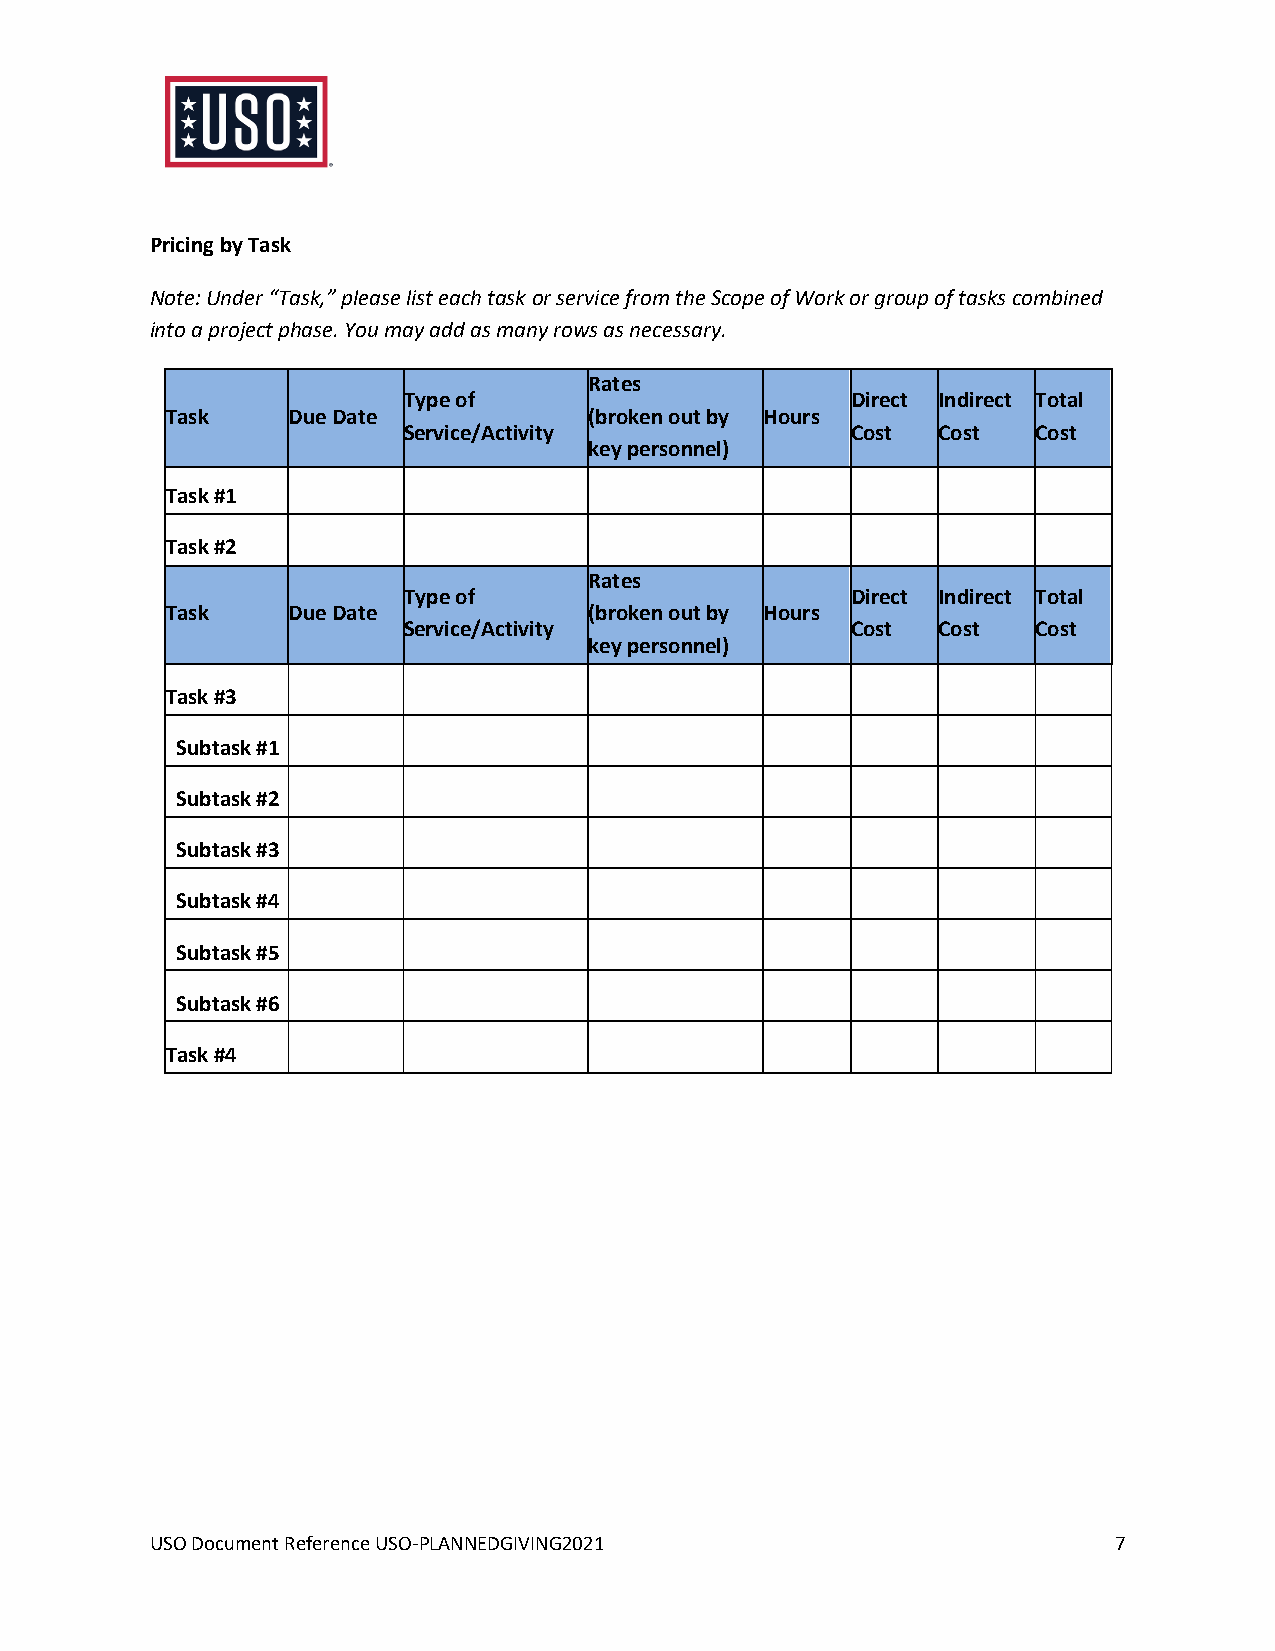
Pricing by Task
 Note: Under “Task,” please list each task or service from the Scope of Work or group of tasks combined
 into a project phase. You may add as many rows as necessary.
 Rates
 Type of                      Direct Indirect Total
 Task    Due Date            (broken out by Hours
 Service/Activity             Cost  Cost   Cost
 key personnel)
 Task #1
 Task #2
 Rates
 Type of                      Direct Indirect Total
 Task    Due Date            (broken out by Hours
 Service/Activity             Cost  Cost   Cost
 key personnel)
 Task #3
 Subtask #1
 Subtask #2
 Subtask #3
 Subtask #4
 Subtask #5
 Subtask #6
 Task #4
 USO Document Reference USO-PLANNEDGIVING2021                    7